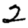
Digit: 2